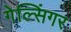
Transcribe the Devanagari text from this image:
गेल्सिंगर